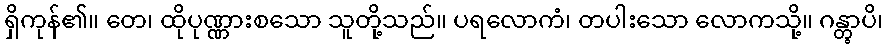
ရှိကုန်၏။ တေ၊ ထိုပုဏ္ဏားစသော သူတို့သည်။ ပရလောကံ၊ တပါးသော လောကသို့။ ဂန္တွာပိ၊